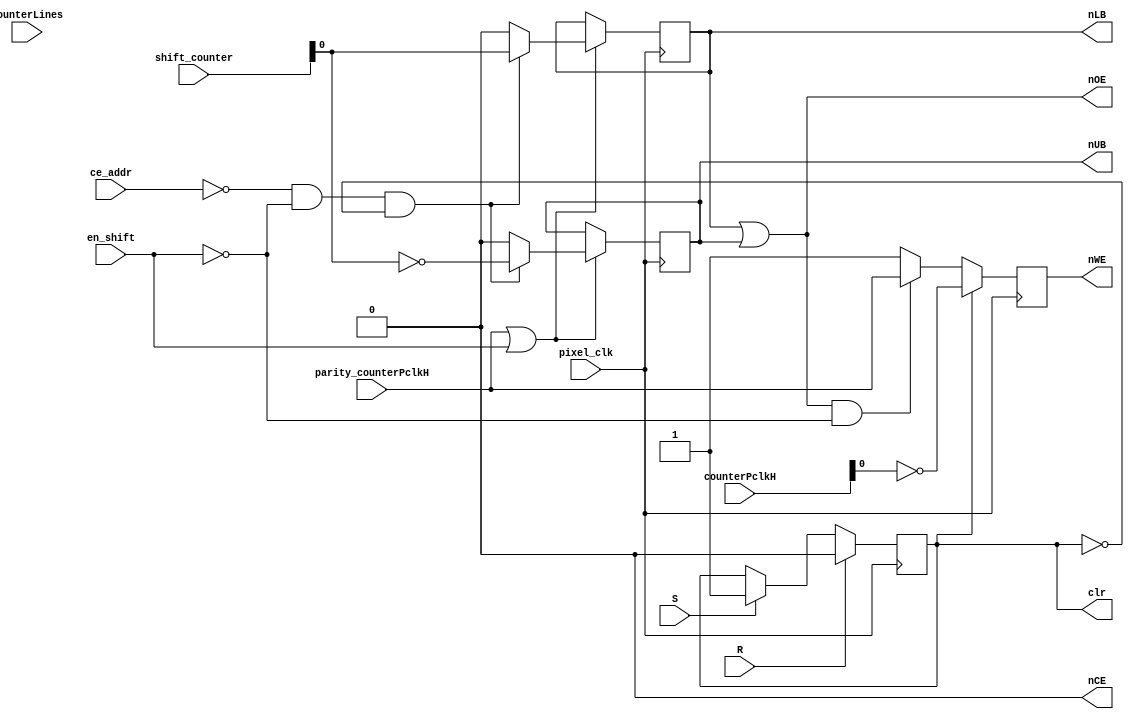
module SRAM_control (
    input pixel_clk,
    input R,
    input S,
    input en_shift,
    input ce_addr,
    input [9:0]counterLines,
    input [11:0]counterPclkH,
    input [9:0]shift_counter,
    input wire parity_counterPclkH,
    output reg nCE = 0,
    output wire nOE,
    output reg nWE = 1,
    output reg nLB = 0,
    output reg nUB = 0,
    output reg clr = 0
    );   

    assign nOE = (nLB | nUB);

    always @(posedge pixel_clk)
    begin
        clr <= R ? 0 : S ? 1 : clr; //clear
        nWE <= (clr) ? ~counterPclkH[0] : ((nLB | nUB) & ~en_shift) ? parity_counterPclkH : 1;

    if (parity_counterPclkH | en_shift)
    begin
        nLB <= (~ce_addr & ~en_shift & ~clr) ?  shift_counter[0] : 0; 
        nUB <= (~ce_addr & ~en_shift & ~clr) ? ~shift_counter[0] : 0;
    end

    end

endmodule